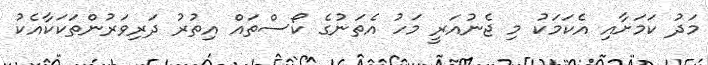
މަދު ކަމަށާއި އެކަމަކު މި ޖެނުއަރީ މަހު އެތަނުގެ ކޯސްތައް އިތުރު ދަރިވަރުންތަކަކާއެކު